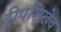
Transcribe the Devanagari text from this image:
दीपशिखेव